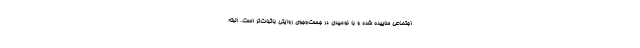
اجتماعی ساییده شده و با نومیدی در جست‌وجوی روایتی باثبات‌تر است. البته